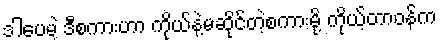
ဒါပေမဲ့ ဒီစကားဟာ ကိုယ်နဲ့မဆိုင်တဲ့စကားမို့ ကိုယ့်တာဝန်က